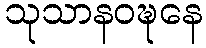
သုသာနဝဍ္ဎနေ